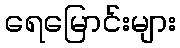
ရေမြောင်းများ